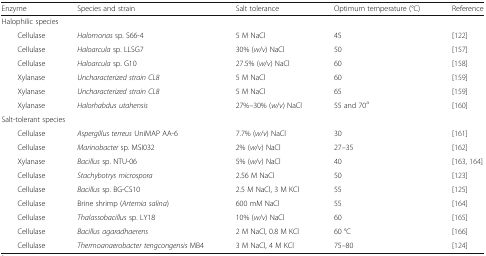
| Enzyme | Species and strain | Salt tolerance | Optimum temperature (°C) | Reference |
 | --- | --- | --- | --- | --- |
 | <COLSPAN=5> Halophilic species |
 | Cellulase | Halomonas sp. S66-4 | 5 M NaCl | 45 | [122] |
 | Cellulase | Haloarcula sp. LLSG7 | 30% (w/v) NaCl | 50 | [157] |
 | Cellulase | Haloarcula sp. G10 | 27.5% (w/v) NaCl | 60 | [158] |
 | Xylanase | Uncharacterized strain CL8 | 5 M NaCl | 60 | [159] |
 | Xylanase | Uncharacterized strain CL8 | 5 M NaCl | 65 | [159] |
 | Xylanase | Halorhabdus utahensis | 27%–30% (w/v) NaCl | 55 and 70a | [160] |
 | <COLSPAN=5> Salt-tolerant species |
 | Cellulase | Aspergillus terreus UniMAP AA-6 | 7.7% (w/v) NaCl | 30 | [161] |
 | Cellulase | Marinobacter sp. MSI032 | 2% (w/v) NaCl | 27–35 | [162] |
 | Xylanase | Bacillus sp. NTU-06 | 5% (w/v) NaCl | 40 | [163, 164] |
 | Cellulase | Stachybotrys microspora | 2.56 M NaCl | 50 | [123] |
 | Cellulase | Bacillus sp. BG-CS10 | 2.5 M NaCl, 3 M KCl | 55 | [125] |
 | Cellulase | Brine shrimp (Artemia salina) | 600 mM NaCl | 55 | [164] |
 | Cellulase | Thalassobacillus sp. LY18 | 10% (w/v) NaCl | 60 | [165] |
 | Cellulase | Bacillus agaradhaerens | 2 M NaCl, 0.8 M KCl | 60 °C | [166] |
 | Cellulase | Thermoanaerobacter tengcongensis MB4 | 3 M NaCl, 4 M KCl | 75–80 | [124] |